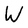
Character: W